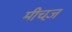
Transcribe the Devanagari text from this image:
मीचज़